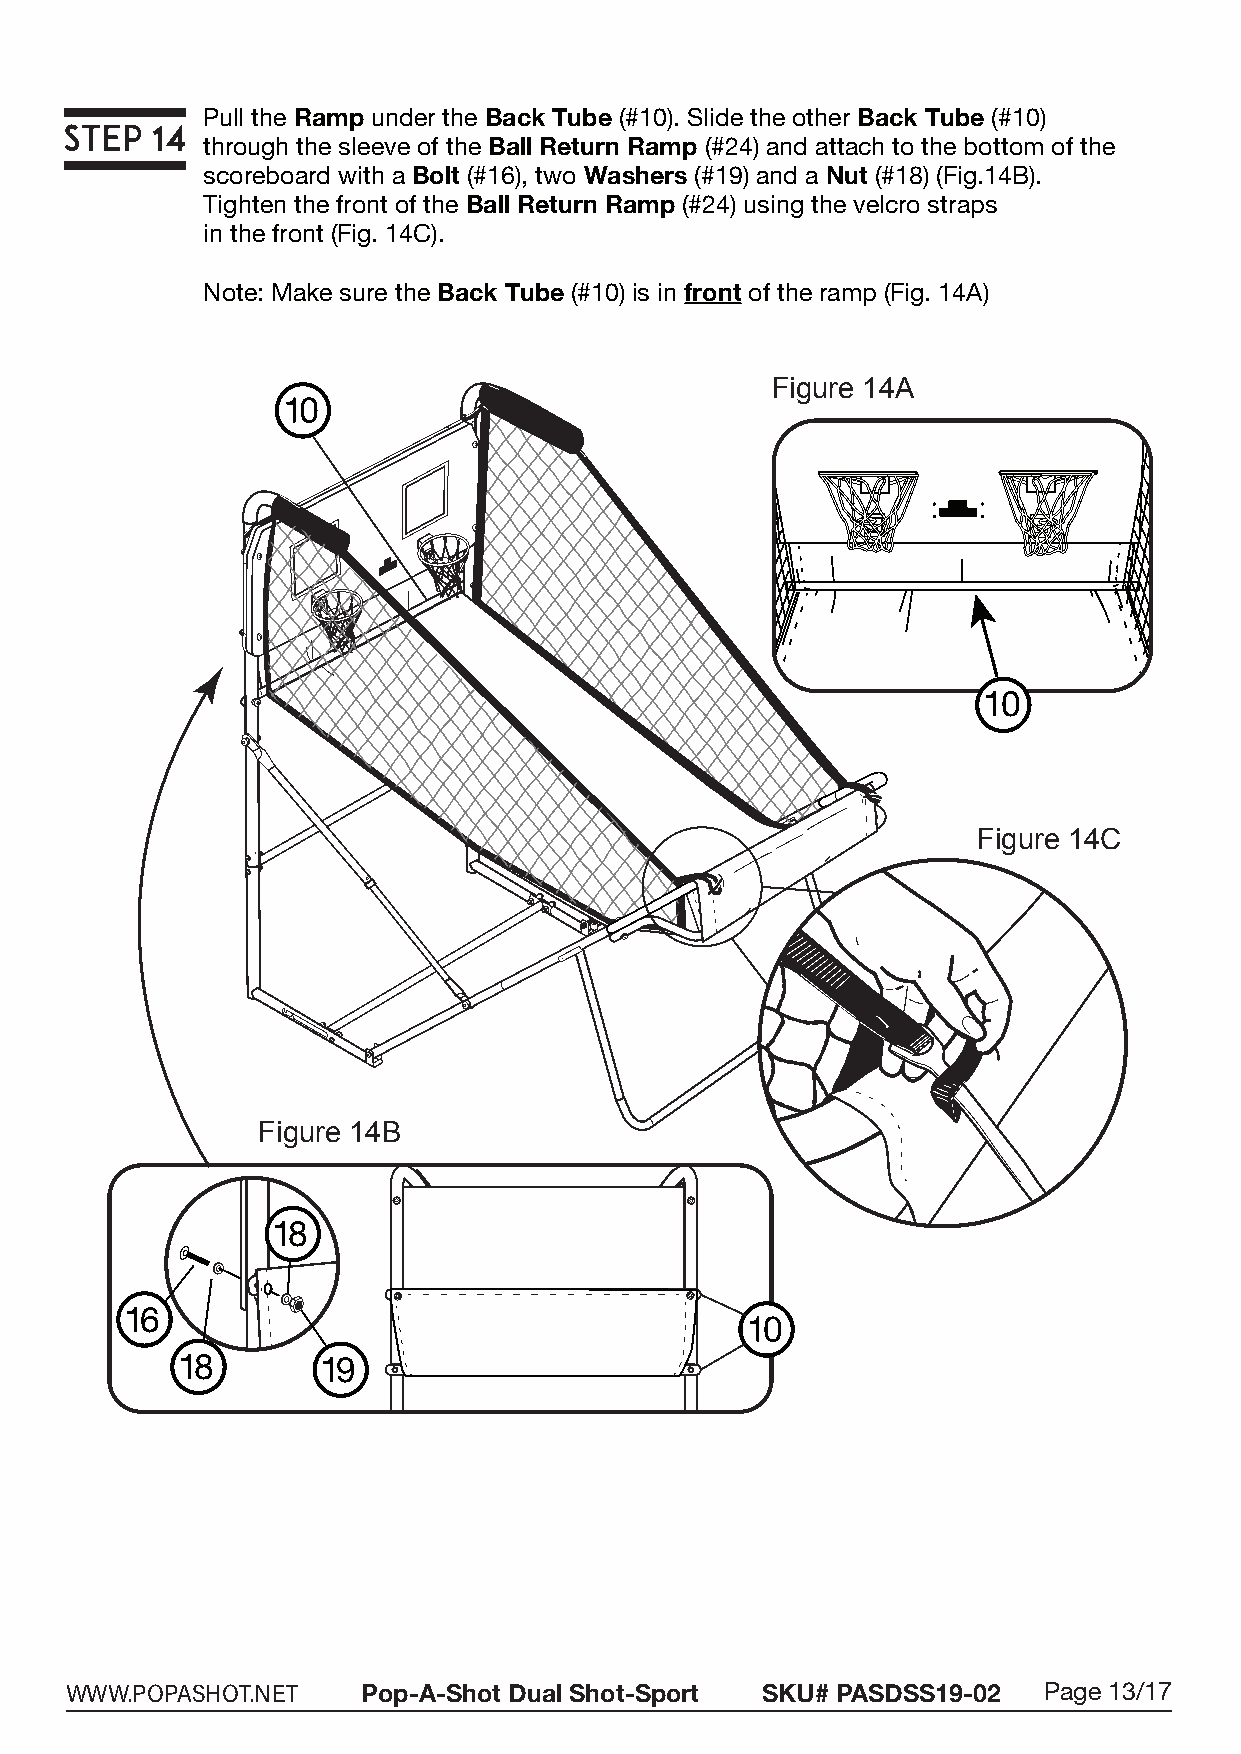
Pull the Ramp under the Back Tube (#10). Slide the other Back Tube (#10)
 through the sleeve of the Ball Return Ramp (#24) and attach to the bottom of the
 scoreboard with a Bolt (#16), two Washers (#19) and a Nut (#18) (Fig.14B).
 Tighten the front of the Ball Return Ramp (#24) using the velcro straps
 in the front (Fig. 14C).
 Note: Make sure the Back Tube (#10) is in front of the ramp (Fig. 14A)
 Figure 14A
 10
 Figure 14C
 Figure 14B
 18
 16
 18       19
 WWW.POPASHOT.NET    Pop-A-Shot Dual Shot-Sport SKU# PASDSS19-02  Page 13/17